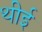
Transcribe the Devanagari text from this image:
थीई